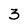
Character: 3